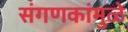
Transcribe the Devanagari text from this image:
संगणकांमुळे